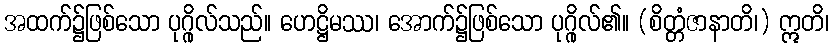
အထက်၌ဖြစ်သော ပုဂ္ဂိုလ်သည်။ ဟေဋ္ဌိမဿ၊ အောက်၌ဖြစ်သော ပုဂ္ဂိုလ်၏။ (စိတ္တံဇာနာတိ၊) ဣတိ၊